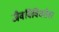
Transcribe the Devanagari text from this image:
जैवविविधतेवर